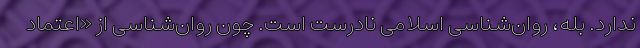
ندارد. بله، روان‌شناسی اسلامی نادرست است. چون روان‌شناسی از «اعتماد